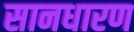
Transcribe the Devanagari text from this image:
सानधारण